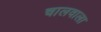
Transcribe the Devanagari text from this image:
चालवाला